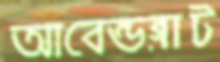
আবেন্ডব্লাট